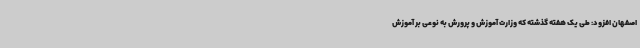
اصفهان افزود: طی یک هفته گذشته که وزارت آموزش و پرورش به نوعی بر آموزش